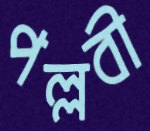
পল্লবী